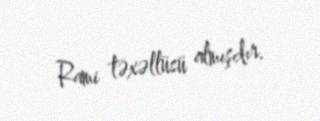
Rami təxəllüsü almışdır.